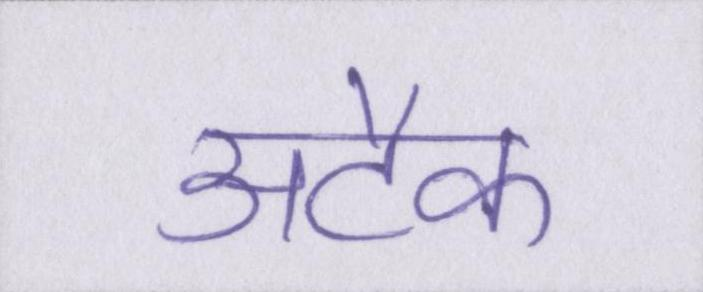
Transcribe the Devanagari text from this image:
अटैक